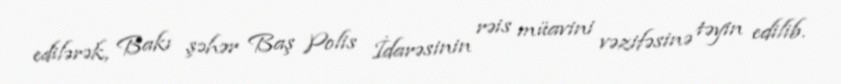
edilərək, Bakı şəhər Baş Polis İdarəsinin rəis müavini vəzifəsinə təyin edilib.